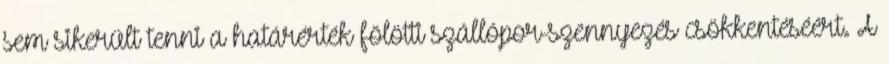
sem sikerült tenni a határérték fölötti szállópor-szennyezés csökkentéséért. A